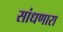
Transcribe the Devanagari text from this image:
सांधणारा